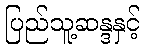
ပြည်သူ့ဆန္ဒနှင့်